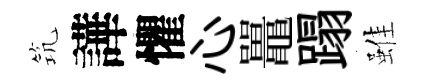
𥬑譁懼心鼉蹋雖